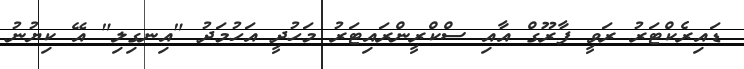
ޑައިރެކްޓަރު ރަވީ ފާރޫގް އާއި ސްކްރީންރައިޓަރު މަހުދީ އަހުމަދު "އިނގިލި" އޭ ކިޔުނު